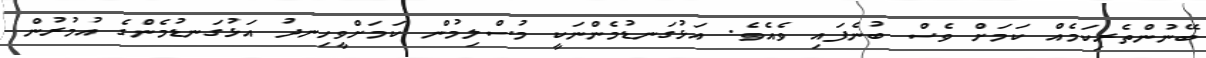
ބޭނުންތެރިކަމެއް ކަމަށް ވެސް ބުނެފައި ވެއެވެ. އަޅުގަނޑުމެންނަކީ މުސްލިމުން ކަމަށްވީހިނދު އަޅުގަނޑުމެންގެ އުމުރުން